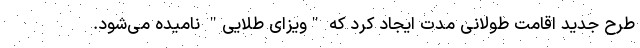
طرح جدید اقامت طولانی مدت ایجاد کرد که "ویزای طلایی" نامیده می‌شود.